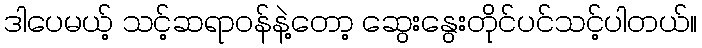
ဒါပေမယ့် သင့်ဆရာဝန်နဲ့တော့ ဆွေးနွေးတိုင်ပင်သင့်ပါတယ်။